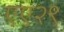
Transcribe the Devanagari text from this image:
एए२९